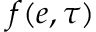
f ( e , \tau )